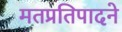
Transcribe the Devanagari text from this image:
मतप्रतिपादने